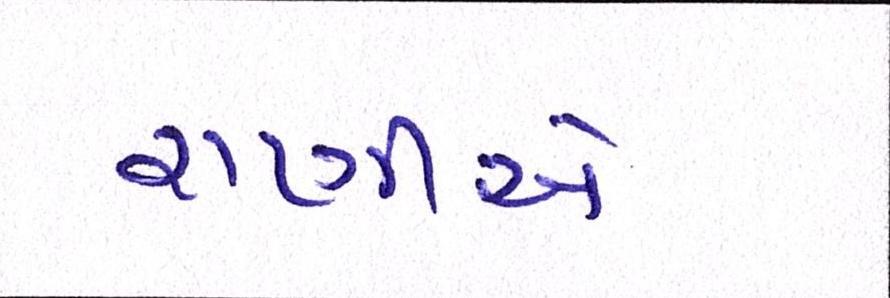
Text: રાણીએ